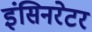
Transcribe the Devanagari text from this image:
इंसिनरेटर